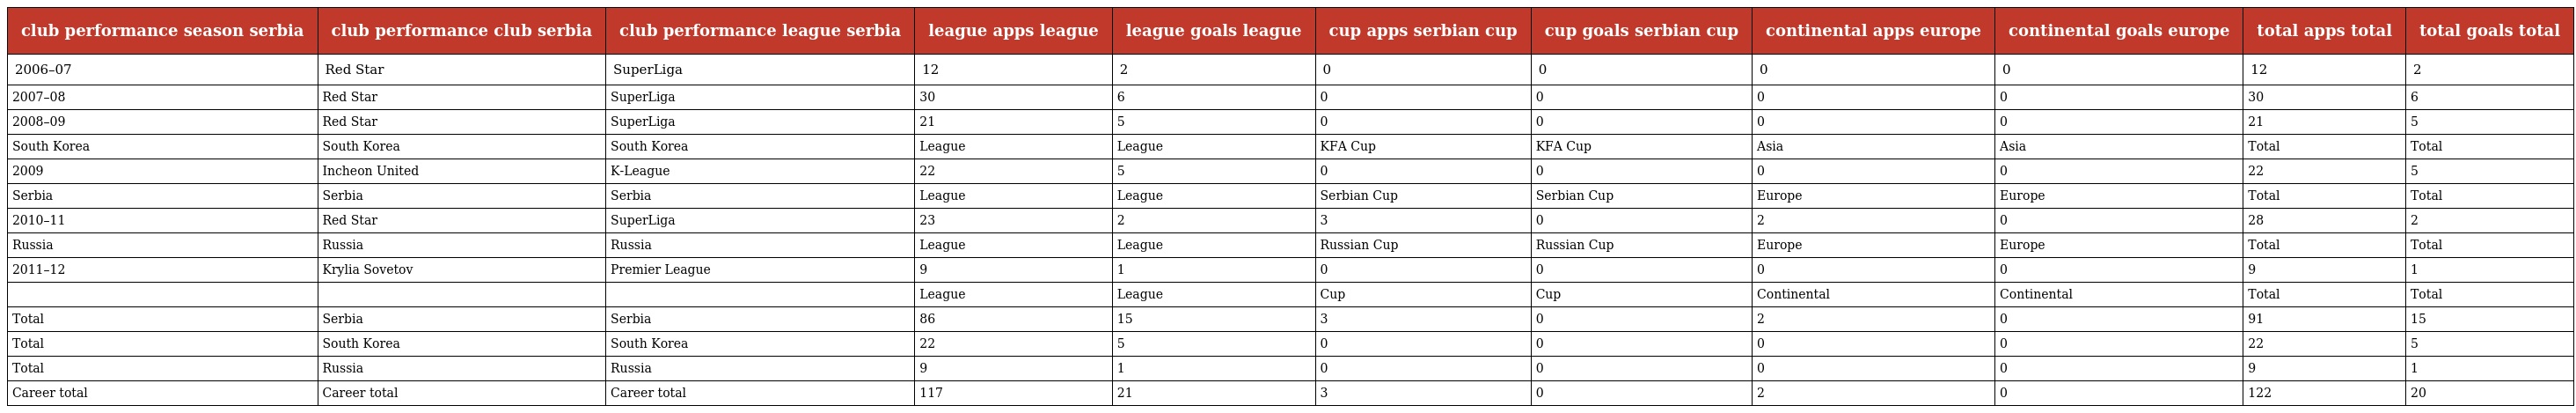
| club performance season serbia | club performance club serbia | club performance league serbia | league apps league | league goals league | cup apps serbian cup | cup goals serbian cup | continental apps europe | continental goals europe | total apps total | total goals total |
 | --- | --- | --- | --- | --- | --- | --- | --- | --- | --- | --- |
 | 2006–07 | Red Star | SuperLiga | 12 | 2 | 0 | 0 | 0 | 0 | 12 | 2 |
 | 2007–08 | Red Star | SuperLiga | 30 | 6 | 0 | 0 | 0 | 0 | 30 | 6 |
 | 2008–09 | Red Star | SuperLiga | 21 | 5 | 0 | 0 | 0 | 0 | 21 | 5 |
 | South Korea | South Korea | South Korea | League | League | KFA Cup | KFA Cup | Asia | Asia | Total | Total |
 | 2009 | Incheon United | K-League | 22 | 5 | 0 | 0 | 0 | 0 | 22 | 5 |
 | Serbia | Serbia | Serbia | League | League | Serbian Cup | Serbian Cup | Europe | Europe | Total | Total |
 | 2010–11 | Red Star | SuperLiga | 23 | 2 | 3 | 0 | 2 | 0 | 28 | 2 |
 | Russia | Russia | Russia | League | League | Russian Cup | Russian Cup | Europe | Europe | Total | Total |
 | 2011–12 | Krylia Sovetov | Premier League | 9 | 1 | 0 | 0 | 0 | 0 | 9 | 1 |
 |  |  |  | League | League | Cup | Cup | Continental | Continental | Total | Total |
 | Total | Serbia | Serbia | 86 | 15 | 3 | 0 | 2 | 0 | 91 | 15 |
 | Total | South Korea | South Korea | 22 | 5 | 0 | 0 | 0 | 0 | 22 | 5 |
 | Total | Russia | Russia | 9 | 1 | 0 | 0 | 0 | 0 | 9 | 1 |
 | Career total | Career total | Career total | 117 | 21 | 3 | 0 | 2 | 0 | 122 | 20 |